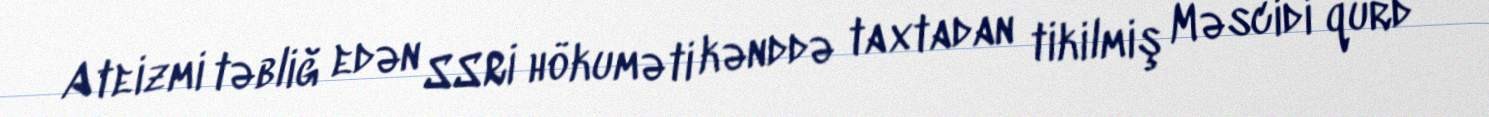
Ateizmi təbliğ edən SSRİ hökuməti kənddə taxtadan tikilmiş Məscidi qurd